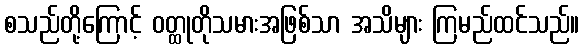
စသည်တို့ကြောင့် ဝတ္ထုတိုသမားအဖြစ်သာ အသိများ ကြမည်ထင်သည်။